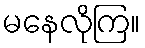
မနေလိုကြ။